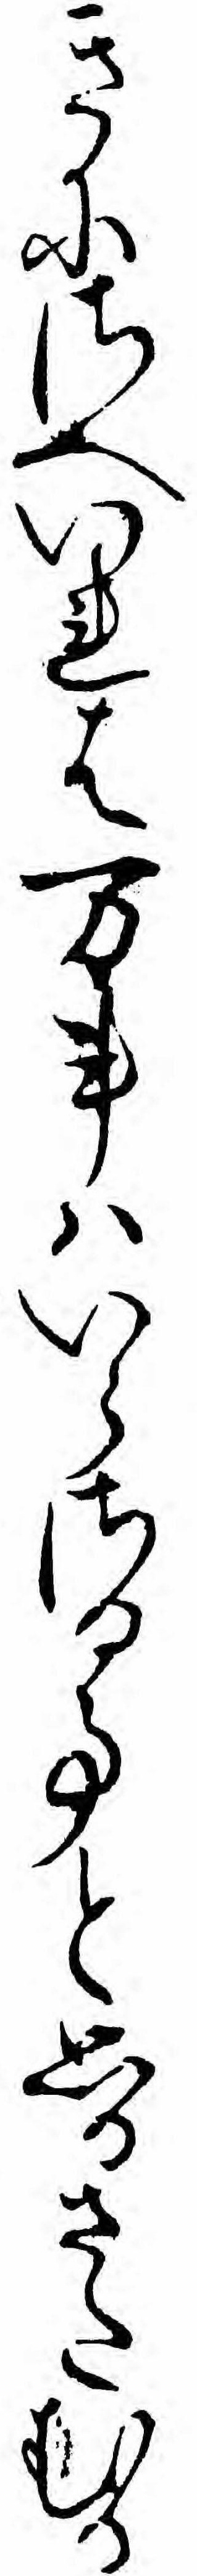
きにさへいれは万事ハいらさる事と思ひさたむる